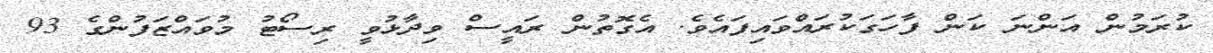
ކުރަމުން އަންނަ ކަން ފާހަގަކުރައްވައިފައެވެ. އެގޮތުން ރައީސް ވިދާޅުވީ ރިސޯޓު މުވައްޒަފުންގެ 93